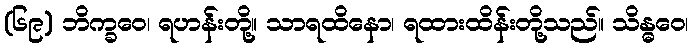
(၆၉) ဘိက္ခဝေ၊ ရဟန်းတို့။ သာရထိနော၊ ရထားထိန်းတို့သည်။ သိန္ဓဝေ၊